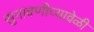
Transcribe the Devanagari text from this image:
सुनावणीच्यावेळी